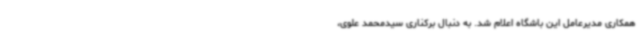
همکاری مدیرعامل این باشگاه اعلام شد. به دنبال برکناری سیدمحمد علوی،